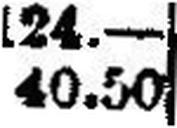
40.50